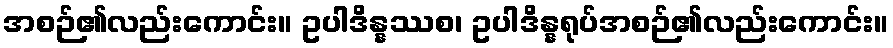
အစဉ်၏လည်းကောင်း။ ဥပါဒိန္နဿစ၊ ဥပါဒိန္နရုပ်အစဉ်၏လည်းကောင်း။